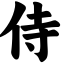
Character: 侍